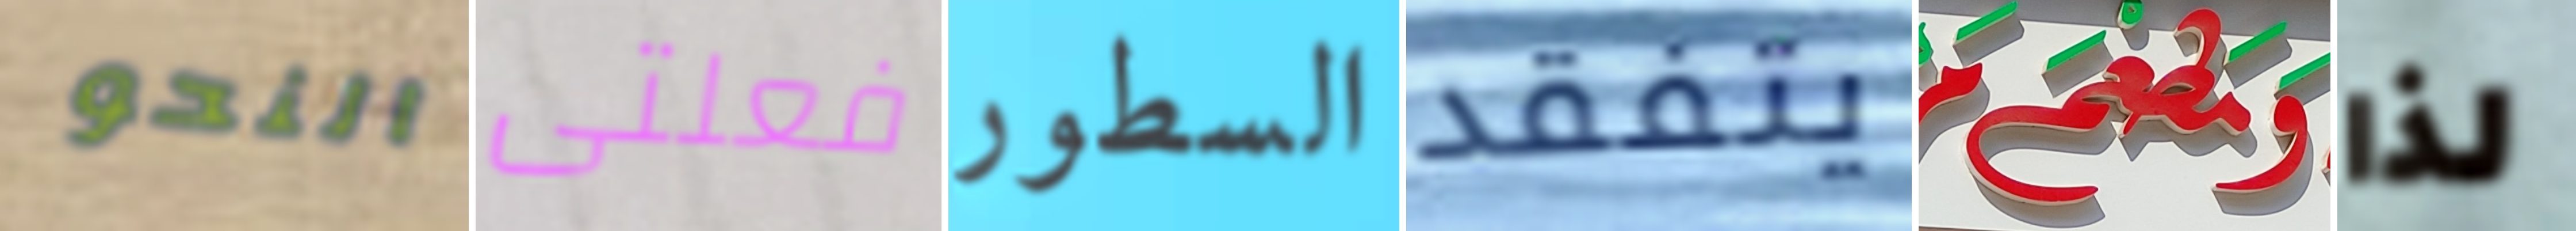
النحو فعلتى السطور يتفقد ومطعم لذا